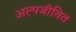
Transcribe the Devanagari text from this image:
अल्पजीवित